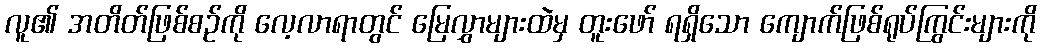
လူ၏ အတိတ်ဖြစ်စဉ်ကို လေ့လာရာတွင် မြေလွှာများထဲမှ တူးဖော် ရရှိသော ကျောက်ဖြစ်ရုပ်ကြွင်းများကို